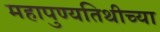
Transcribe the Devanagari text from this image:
महापुण्यतिथीच्या